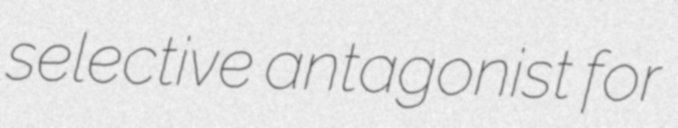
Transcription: selective antagonist for